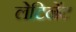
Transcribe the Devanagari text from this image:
लेटिनेंट